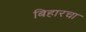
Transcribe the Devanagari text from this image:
बिहारचा